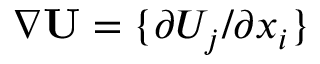
\nabla { \bf { U } } = \{ { \partial U _ { j } / \partial x _ { i } } \}